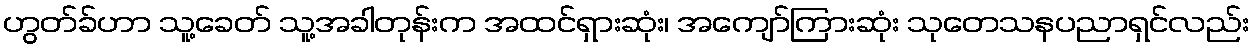
ဟွတ်ခ်ဟာ သူ့ခေတ် သူ့အခါတုန်းက အထင်ရှားဆုံး၊ အကျော်ကြားဆုံး သုတေသနပညာရှင်လည်း